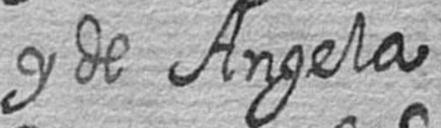
y de Angela